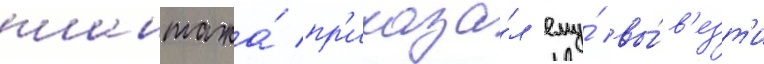
шантажа́ пр'иказа́л ему́ вы́в'езт'и